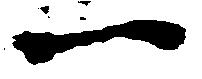
一